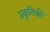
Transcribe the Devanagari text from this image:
प्रकृतिकी